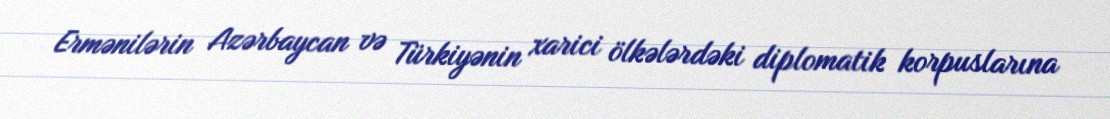
Ermənilərin Azərbaycan və Türkiyənin xarici ölkələrdəki diplomatik korpuslarına